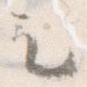
も